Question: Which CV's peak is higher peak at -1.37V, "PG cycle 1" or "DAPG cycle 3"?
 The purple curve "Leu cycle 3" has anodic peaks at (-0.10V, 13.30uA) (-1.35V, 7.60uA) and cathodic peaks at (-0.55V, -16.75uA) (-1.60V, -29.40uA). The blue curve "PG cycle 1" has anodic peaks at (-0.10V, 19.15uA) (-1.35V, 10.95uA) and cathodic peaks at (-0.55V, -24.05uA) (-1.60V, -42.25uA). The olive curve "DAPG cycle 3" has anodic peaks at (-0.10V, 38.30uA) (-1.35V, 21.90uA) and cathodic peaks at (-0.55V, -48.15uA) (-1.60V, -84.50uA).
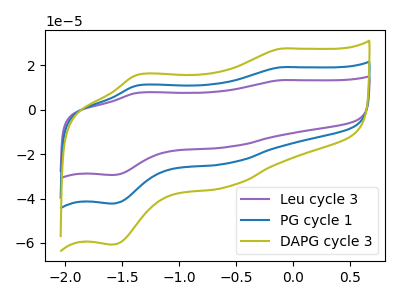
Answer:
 <answer>The peak at -1.37V is lower in "PG cycle 1" than in "DAPG cycle 3".</answer>
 <eval>lower</eval>